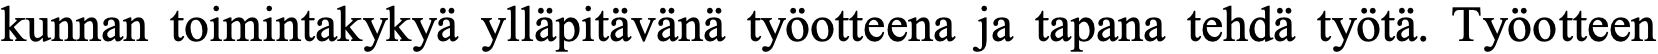
kunnan toimintakykyä ylläpitävänä työotteena ja tapana tehdä työtä. Työotteen